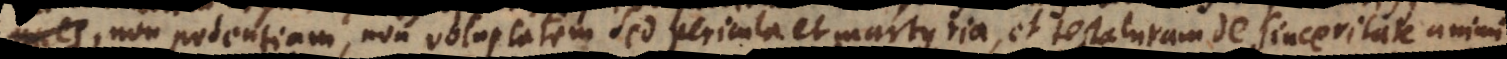
n potentiam, non voluptatem, sed pericula et martyria, et testaturam de sinceritate animi